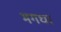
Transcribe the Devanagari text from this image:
मगधा